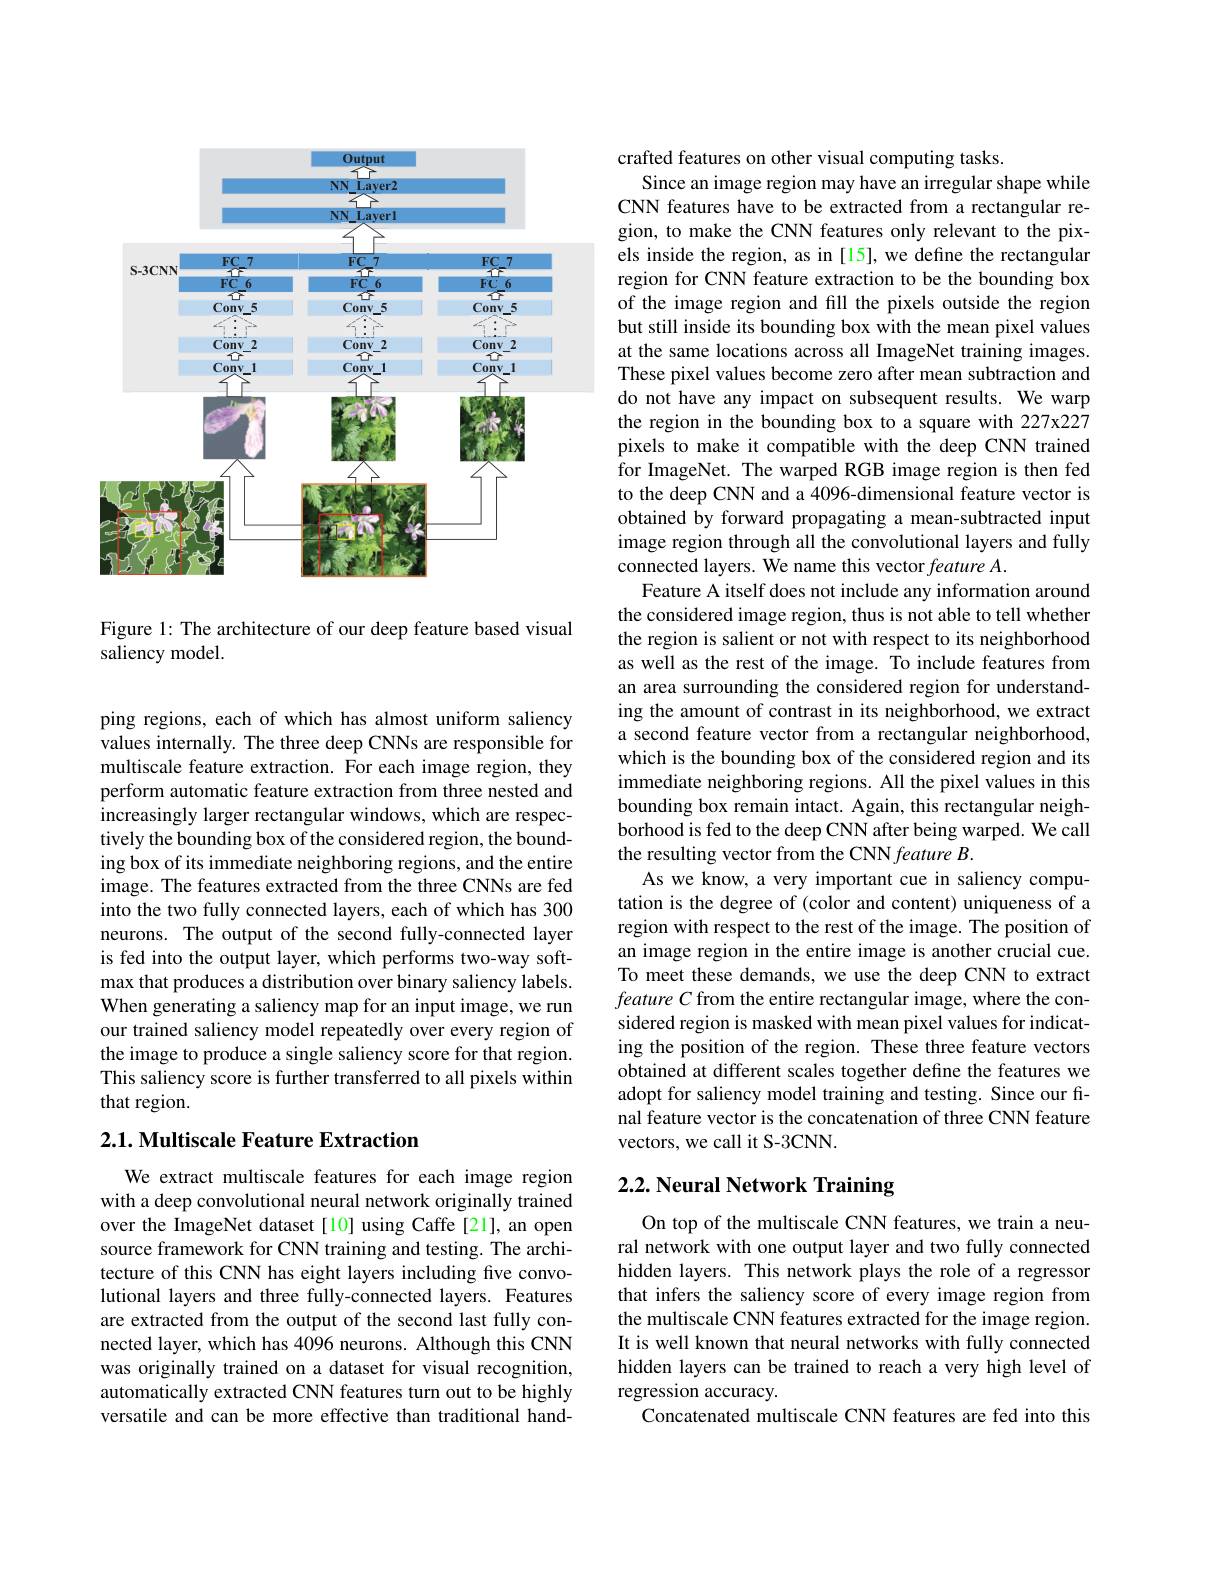
<FigureHere>

Figure 1: The architecture of our deep feature based visual
saliency model.

ping regions, each of which has almost uniform saliency values internally. The three deep CNNs are responsible for multiscale feature extraction. For each image region, they perform automatic feature extraction from three nested and increasingly larger rectangular windows, which are respectively the bounding box of the considered region, the bounding box of its immediate neighboring regions, and the entire image. The features extracted from the three CNNs are fed into the two fully connected layers, each of which has 300 neurons. The output of the second fully-connected layer is fed into the output layer, which performs two-way softmax that produces a distribution over binary saliency labels. When generating a saliency map for an input image, we run our trained saliency model repeatedly over every region of the image to produce a single saliency score for that region. This saliency score is further transferred to all pixels within that region.

## $2. 1. \textbf{Multiscale Feature Extraction}$

We extract multiscale features for each image region with a deep convolutional neural network originally trained over the ImageNet dataset[10] using Caffe[21], an open source framework for CNN training and testing. The architecture of this CNN has eight layers including five convolutional layers and three fully-connected layers. Features are extracted from the output of the second last fully connected layer, which has 4096 neurons. Although this CNN was originally trained on a dataset for visual recognition, automatically extracted CNN features turn out to be highly versatile and can be more effective than traditional hand-

crafted features on other visual computing tasks.
Since an image region may have an irregular shape while CNN features have to be extracted from a rectangular region, to make the CNN features only relevant to the pixels inside the region, as in [15], we define the rectangular region for CNN feature extraction to be the bounding box of the image region and fill the pixels outside the region but still inside its bounding box with the mean pixel values at the same locations across all ImageNet training images. These pixel values become zero after mean subtraction and do not have any impact on subsequent results. We warp the region in the bounding box to a square with 227x227 pixels to make it compatible with the deep CNN trained for ImageNet. The warped RGB image region is then fed to the deep CNN and a 4096-dimensional feature vector is obtained by forward propagating a mean-subtracted input image region through all the convolutional layers and fully connected layers. We name this vector feature A.
Feature A itself does not include any information around the considered image region, thus is not able to tell whether the region is salient or not with respect to its neighborhood as well as the rest of the image. To include features from an area surrounding the considered region for understanding the amount of contrast in its neighborhood, we extract a second feature vector from a rectangular neighborhood, which is the bounding box of the considered region and its immediate neighboring regions. All the pixel values in this bounding box remain intact. Again, this rectangular neighborhood is fed to the deep CNN after being warped. We call the resulting vector from the CNN feature B.
As we know, a very important cue in saliency computation is the degree of (color and content) uniqueness of a region with respect to the rest of the image. The position of an image region in the entire image is another crucial cue. To meet these demands, we use the deep CNN to extract featureC from the entire rectangular image, where the considered region is masked with mean pixel values for indicating the position of the region. These three feature vectors obtained at different scales together define the features we adopt for saliency model training and testing. Since our final feature vector is the concatenation of three CNN feature vectors, we call it S-3CNN.

# 2.2. Neural Network Training

On top of the multiscale CNN features, we train a neural network with one output layer and two fully connected hidden layers. This network plays the role of a regressor that infers the saliency score of every image region from the multiscale CNN features extracted for the image region. It is well known that neural networks with fully connected hidden layers can be trained to reach a very high level of regression accuracy.
Concatenated multiscale CNN features are fed into this